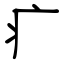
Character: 疒